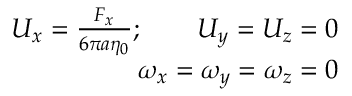
\begin{array} { r } { U _ { x } = \frac { F _ { x } } { 6 \pi a \eta _ { 0 } } ; \qquad U _ { y } = U _ { z } = 0 } \\ { \omega _ { x } = \omega _ { y } = \omega _ { z } = 0 } \end{array}